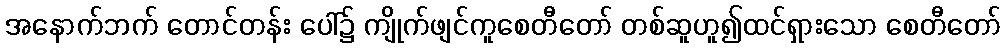
အနောက်ဘက် တောင်တန်း ပေါ်၌ ကျိုက်ဖျင်ကူစေတီတော် တစ်ဆူဟူ၍ထင်ရှားသော စေတီတော်